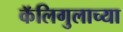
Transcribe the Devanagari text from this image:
कॅलिगुलाच्या